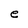
Character: e